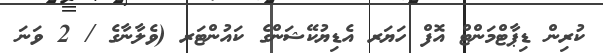
ކުރިން ޑިޕާޓްމަންޓް އޮފް ހަޔަރ އެޑިޔުކޭޝަންގެ ކައުންޓަރ (ވެލާނާގެ / 2 ވަނަ